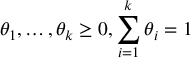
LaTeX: \theta _ { 1 } , \ldots , \theta _ { k } \geq 0 , \sum _ { i = 1 } ^ { k } \theta _ { i } = 1